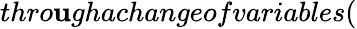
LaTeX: thro\mathbf{u}ghachangeofvariables(